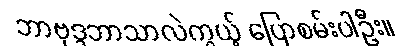
ဘာဗုဒ္ဒဘာသာလဲကွယ့် ပြောစမ်းပါဦး။